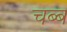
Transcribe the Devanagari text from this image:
चब्ब